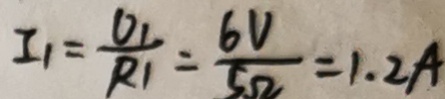
I _ { 1 } = \frac { V _ { 1 } } { R _ { 1 } } = \frac { 6 V } { 5 \Omega } = 1 . 2 A